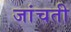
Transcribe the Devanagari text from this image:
जांचती